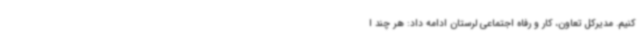
کنیم. مدیرکل تعاون، کار و رفاه اجتماعی لرستان ادامه داد: هر چند ا